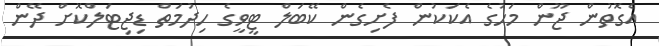
އެގޮތުން ޖޫން މަހުގެ އެކަކުން ފެށިގެން ކޭބަލް ޓީވީގެ ހިދުމަތް ޑިޖިޓަލްކޮށް ދޭން